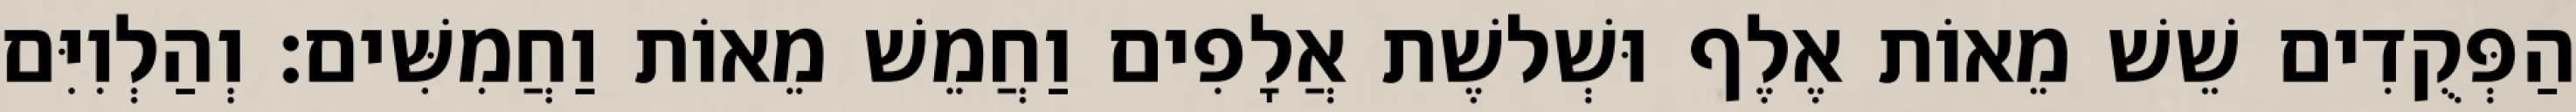
הַפְּקֻדִים שֵׁשׁ מֵאוֹת אֶלֶף וּשְׁלשֶׁת אֲלָפִים וַחֲמֵשׁ מֵאוֹת וַחֲמִשִּׁים׃ וְהַלְוִיִּם